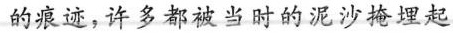
的痕迹，许多都被当时的泥沙掩埋起